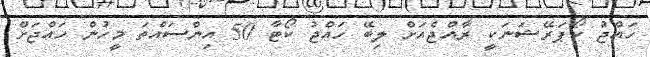
ހައްޖު ކޯޕަރޭޝަނަކީ ރާއްޖެއަށް ލިބޭ ހައްޖު ކޯޓާ 50 އިންސައްތަ މީހުން ހައްޖަށް